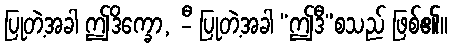
ပြုတဲ့အခါ ဤဒိက္ခော, -ီ ပြုတဲ့အခါ “ဤဒီ”စသည် ဖြစ်၏။